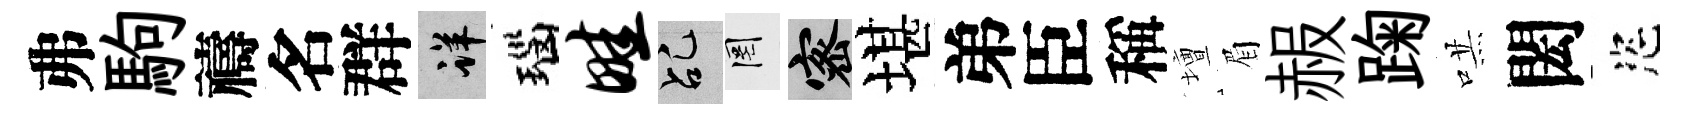
弗駒禱名群详瑙畦乩罔密堪弟臣稱壇眉赧踘哄閎恣